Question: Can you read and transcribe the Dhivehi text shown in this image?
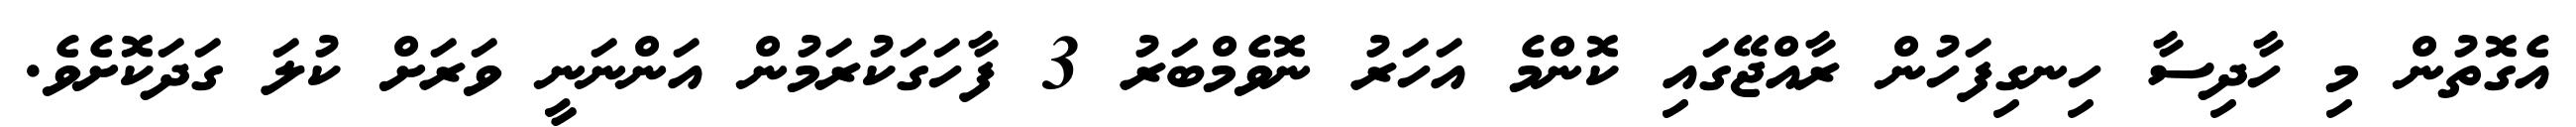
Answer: އެގޮތުން މި ހާދިސާ ހިނގިފަހުން ރާއްޖޭގައި ކޮންމެ އަހަރު ނޮވެމްބަރު 3 ފާހަގަކުރަމުން އަންނަނީ ވަރަށް ކުލަ ގަދަކޮށެވެ.